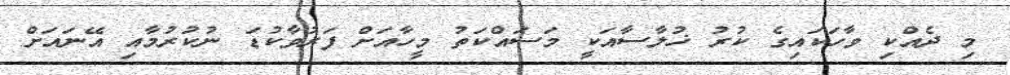
މި ދެއްކި ވާހަކައިގެ ކުރު ޚުލާސާއަކީ މަސައްކަތު މީހާއަށް ފަރުވާކުޑަ ނުކުރުމާއި އޭނައަށް